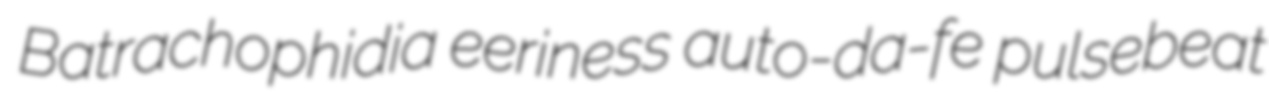
Batrachophidia eeriness auto-da-fe pulsebeat